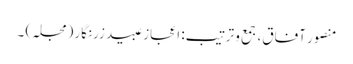
منصور آفاق، جمع و ترتیب: اعجاز عبید زرنگار (مجلہ) ۔